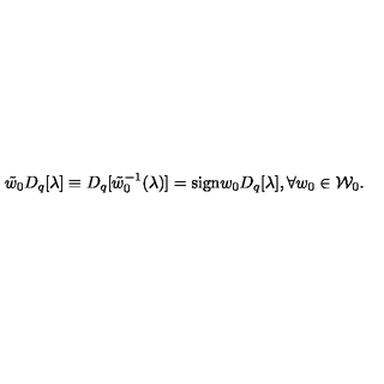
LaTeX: \tilde { w } _ { 0 } D _ { q } [ \lambda ] \equiv D _ { q } [ \tilde { w } _ { 0 } ^ { - 1 } ( \lambda ) ] = \mathrm { s i g n } w _ { 0 } D _ { q } [ \lambda ] , \forall w _ { 0 } \in { \cal W } _ { 0 } .